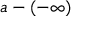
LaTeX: a - ( - \infty )